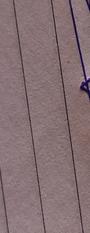
Signature authenticity: genuine